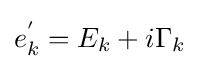
{\textstyle e_{k}^{'}=E_{k}+i\Gamma _{k}}